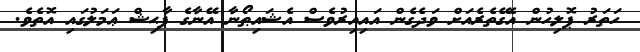
ހަތަރު ޕޮލިހުން އެގޭތެރެއަށް ވަދެގެން އައިއިރުވެސް އެޝައިޠޯނާ އޭނާގެ ފާޙިޝް ޢަމަލުގައި އޮތެވެ.